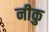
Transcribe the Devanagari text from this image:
नीकु